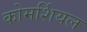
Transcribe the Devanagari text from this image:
कोमर्शियल